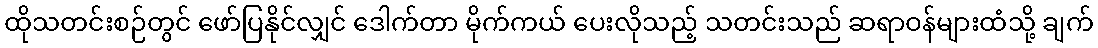
ထိုသတင်းစဉ်တွင် ဖော်ပြနိုင်လျှင် ဒေါက်တာ မိုက်ကယ် ပေးလိုသည့် သတင်းသည် ဆရာဝန်များထံသို့ ချက်